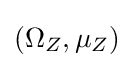
(\Omega _{Z},\mu _{Z})